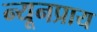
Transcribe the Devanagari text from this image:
न्यूनप्राय